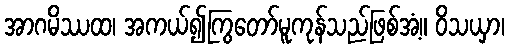
အာဂမိဿထ၊ အကယ်၍ကြွတော်မူကုန်သည်ဖြစ်အံ့။ ဝိသယှာ၊